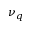
\nu _ { q }